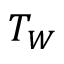
T _ { W }